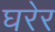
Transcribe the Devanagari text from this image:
घरेर